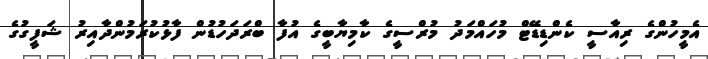
އެމީހުންގެ ރިއާސީ ކެންޑިޑޭޓް މުހައްމަދު މުރްސީގެ ކާމިޔާބީގެ އުފާ ބްރަދަހުޑުން ފާޅުކުރަމުންދާއިރު ޝަފީގުގެ